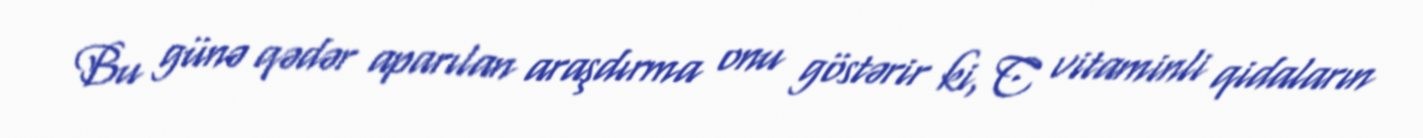
Bu günə qədər aparılan araşdırma onu göstərir ki, C vitaminli qidaların